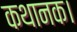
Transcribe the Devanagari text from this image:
कथानक।